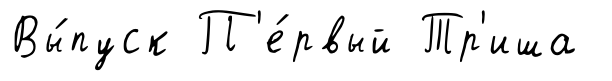
Вы́пуск П'е́рвый Тр'иша